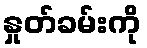
နှုတ်ခမ်းကို